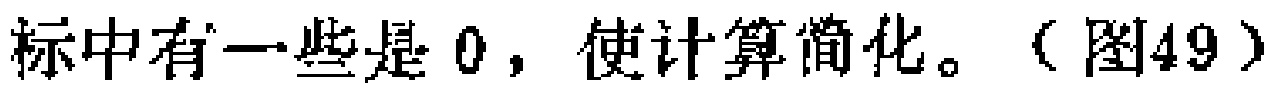
标中有一些是 0，使计算简化。（图49）